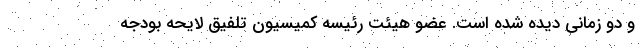
و دو زمانی دیده شده است. عضو هیئت رئیسه کمیسیون تلفیق لایحه بودجه